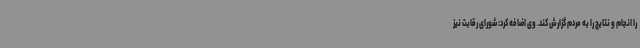
را انجام و نتایج را به مردم گزارش کند. وی اضافه کرد: شورای رقابت نیز